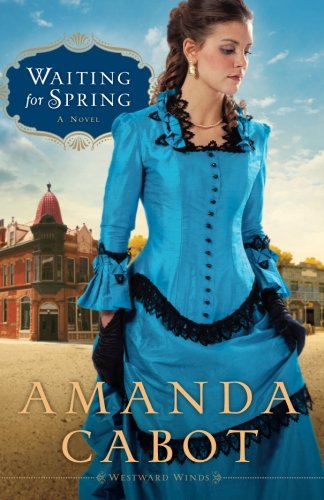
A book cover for Waiting for Spring (Westward Winds, Bk 2); Amanda Cabot; Romance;